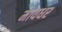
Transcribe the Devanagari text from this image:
मायधर